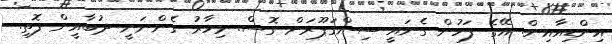
އިންޑިއާއިން. އޭގެ ފަހުން ގެނައީ ސިންގަޕޫރަށް ގޮސް. މިހާރު ގެންނަނީ ދުބާއީން ފޮތި.